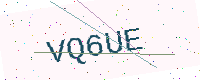
Text: VQ6UE